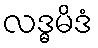
လဒ္ဓမိဒံ